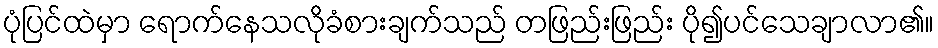
ပုံပြင်ထဲမှာ ရောက်နေသလိုခံစားချက်သည် တဖြည်းဖြည်း ပို၍ပင်သေချာလာ၏။